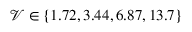
\mathcal { V } \in \{ 1 . 7 2 , 3 . 4 4 , 6 . 8 7 , 1 3 . 7 \}